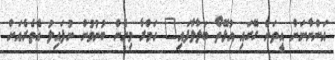
އަންނާނަން އީތަން ގޭގައި އުޅޭތޯ ބަލާލާފައި" ހަމްރާ މިހެން ބުނުމުން ނުފައިލު އެތެރެއަށް